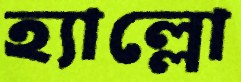
হ্যাল্লো